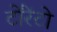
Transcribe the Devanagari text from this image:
टोंरेंटो